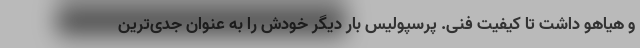
و هیاهو داشت تا کیفیت فنی. پرسپولیس بار دیگر خودش را به عنوان جدی‌ترین